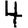
Digit: 4